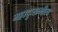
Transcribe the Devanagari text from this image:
महादुःखभीरुः